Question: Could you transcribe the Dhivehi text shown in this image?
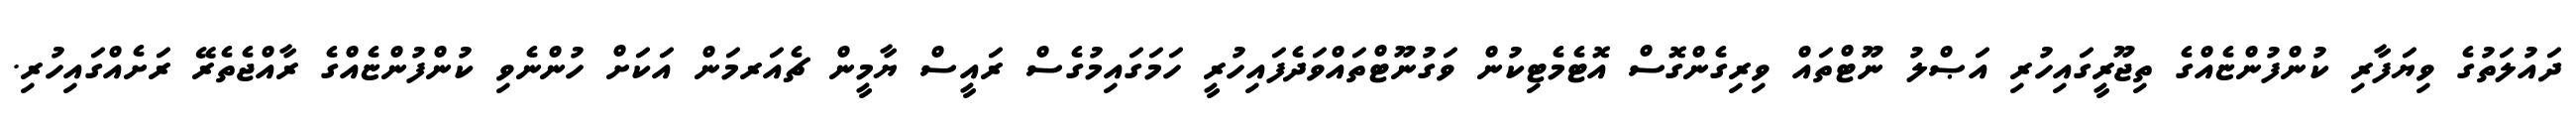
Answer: ދައުލަތުގެ ވިޔަފާރި ކުންފުންޏެއްގެ ތިޖޫރީގައިހުރި އަޞްލު ނޫޓްތައް ވިރިގެންގޮސް އޮޓެމެޓިކުން ވަގުނޫޓްތައްވަދެފައިހުރީ ހަމަގައިމުގެސް ރައީސް ޔާމީން ޗެއަރމަން އަކަށް ހުންނެވި ކުންފުންޏެއްގެ ރާއްޖެތެރޭ ރަށެއްގައިހުރި.